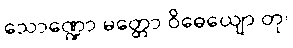
သောဏ္ဍော မတ္တော ဝိဓေယျော တု၊